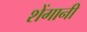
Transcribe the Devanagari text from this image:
शेंगानी